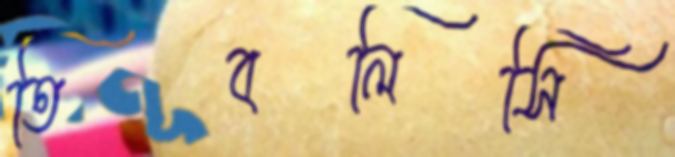
তিবলিসি